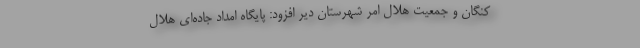
کنگان و جمعیت هلال امر شهرستان دیر افزود: پایگاه امداد جاده‌ای هلال